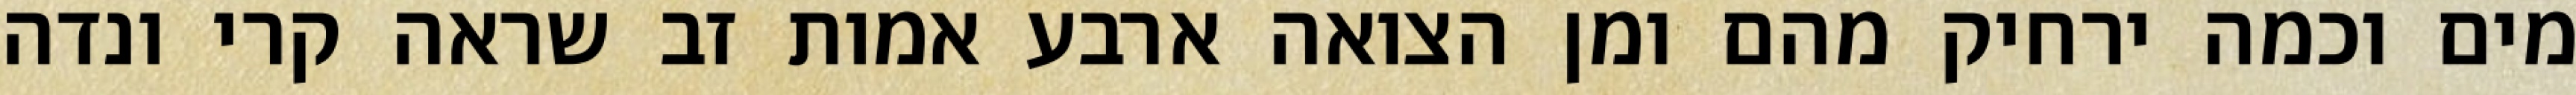
מים וכמה ירחיק מהם ומן הצואה ארבע אמות זב שראה קרי ונדה